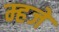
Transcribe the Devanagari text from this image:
म्हजे